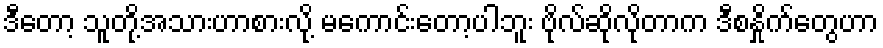
ဒီတော့ သူတို့အသားဟာစားလို့ မကောင်းတော့ပါဘူး ဗိုလ်ဆိုလိုတာက ဒီစနှိုက်တွေဟာ